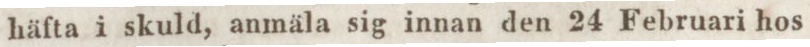
häfta i skuld, anmäla sig innan den 24 Februari hos